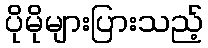
ပိုမိုများပြားသည့်